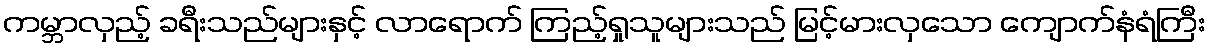
ကမ္ဘာလှည့် ခရီးသည်များနှင့် လာရောက် ကြည့်ရှုသူများသည် မြင့်မားလှသော ကျောက်နံရံကြီး